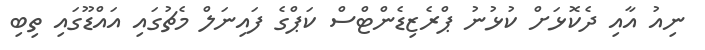
ނިއު އާއި ދެކޮޅަށް ކުޅުނު ޕްރެޒިޑެންޓްސް ކަޕްގެ ފައިނަލް މެޗުގައި އައްޑޫގައި ތިބި